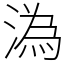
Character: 溈